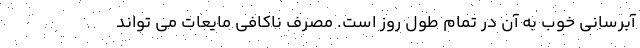
آبرسانی خوب به آن در تمام طول روز است. مصرف ناکافی مایعات می تواند